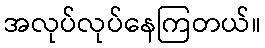
အလုပ်လုပ်နေကြတယ်။